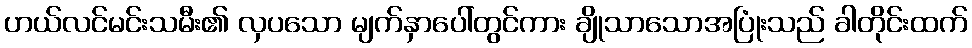
ဟယ်လင်မင်းသမီး၏ လှပသော မျက်နှာပေါ်တွင်ကား ချိုသာသောအပြုံးသည် ခါတိုင်းထက်